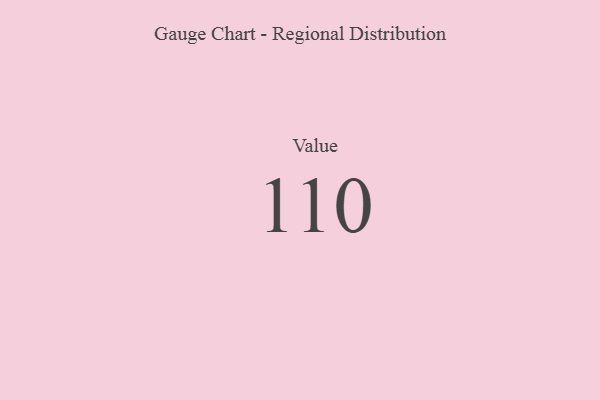
{"axis": {"x": "Metric", "y": "Value"}, "legend": [""], "data": [{"x": "Value", "y": 110, "type": ""}]}